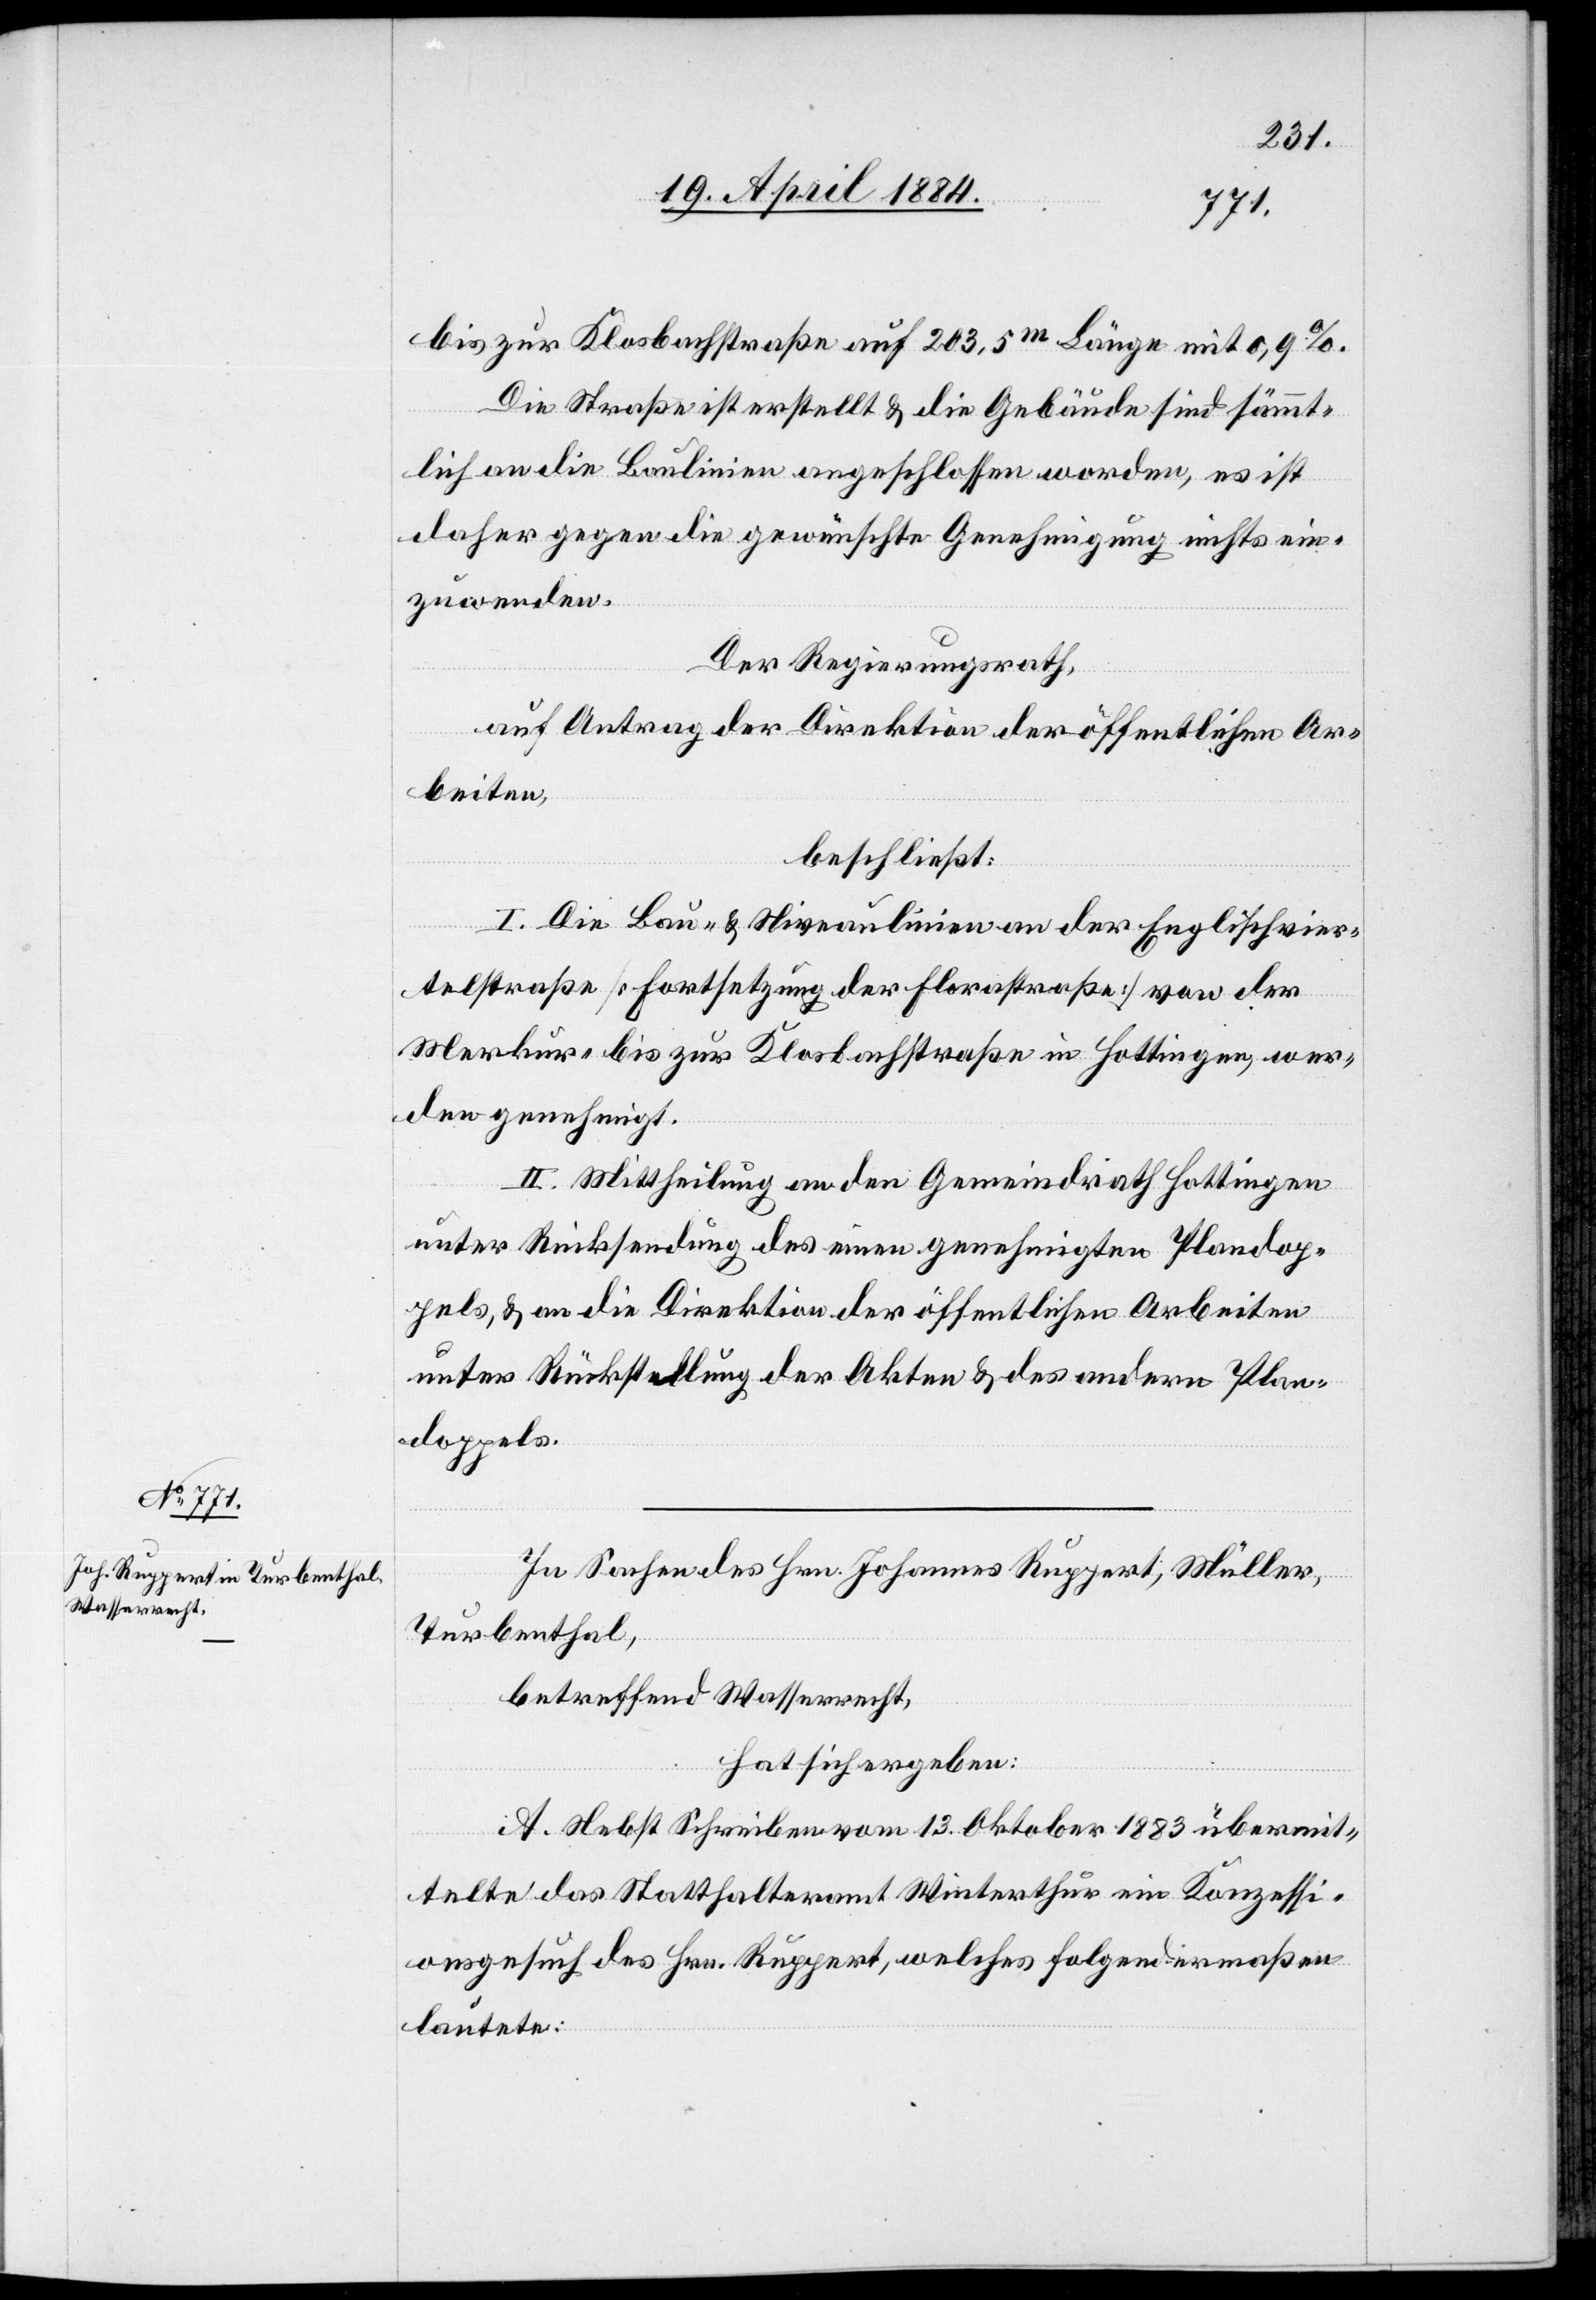
bis zur Klosbachstraße auf 203,5m Länge mit 0,9%.
Die Straße ist erstellt & die Gebäude sind sämmt¬
lich an die Baulinien angeschlossen worden, es ist
daher gegen die gewünschte Genehmigung nichts ein¬
zuwenden.
Der Regierungsrath,
auf Antrag der Direktion der öffentlichen Ar¬
beiten,
beschließt:
I. Die Bau- & Niveaulinien der Englischvier¬
telstraße [Fortsetzung der Florastraße] von der
Merkur- bis zur Klosbachstraße in Hottingen, wer¬
den genehmigt.
II. Mittheilung an den Gemeindrath Hottingen
unter Rücksendung des einen genehmigten Plandop¬
pels, & an die Direktion der öffentlichen Arbeiten
unter Rückstellung der Akten & des andern Plan¬
doppels.
In Sachen des Hrn. Johannes Ruppert, Müller,
Turbenthal,
betreffend Wasserrecht,
hat sich ergeben:
A. Nebst Schreiben vom 13. Oktober 1883 übermit¬
telte das Statthalteramt Winterthur ein Konzessi¬
onsgesuch des Hrn. Ruppert, welches folgendermaßen
lautete: